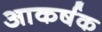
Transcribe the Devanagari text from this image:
आकर्षक